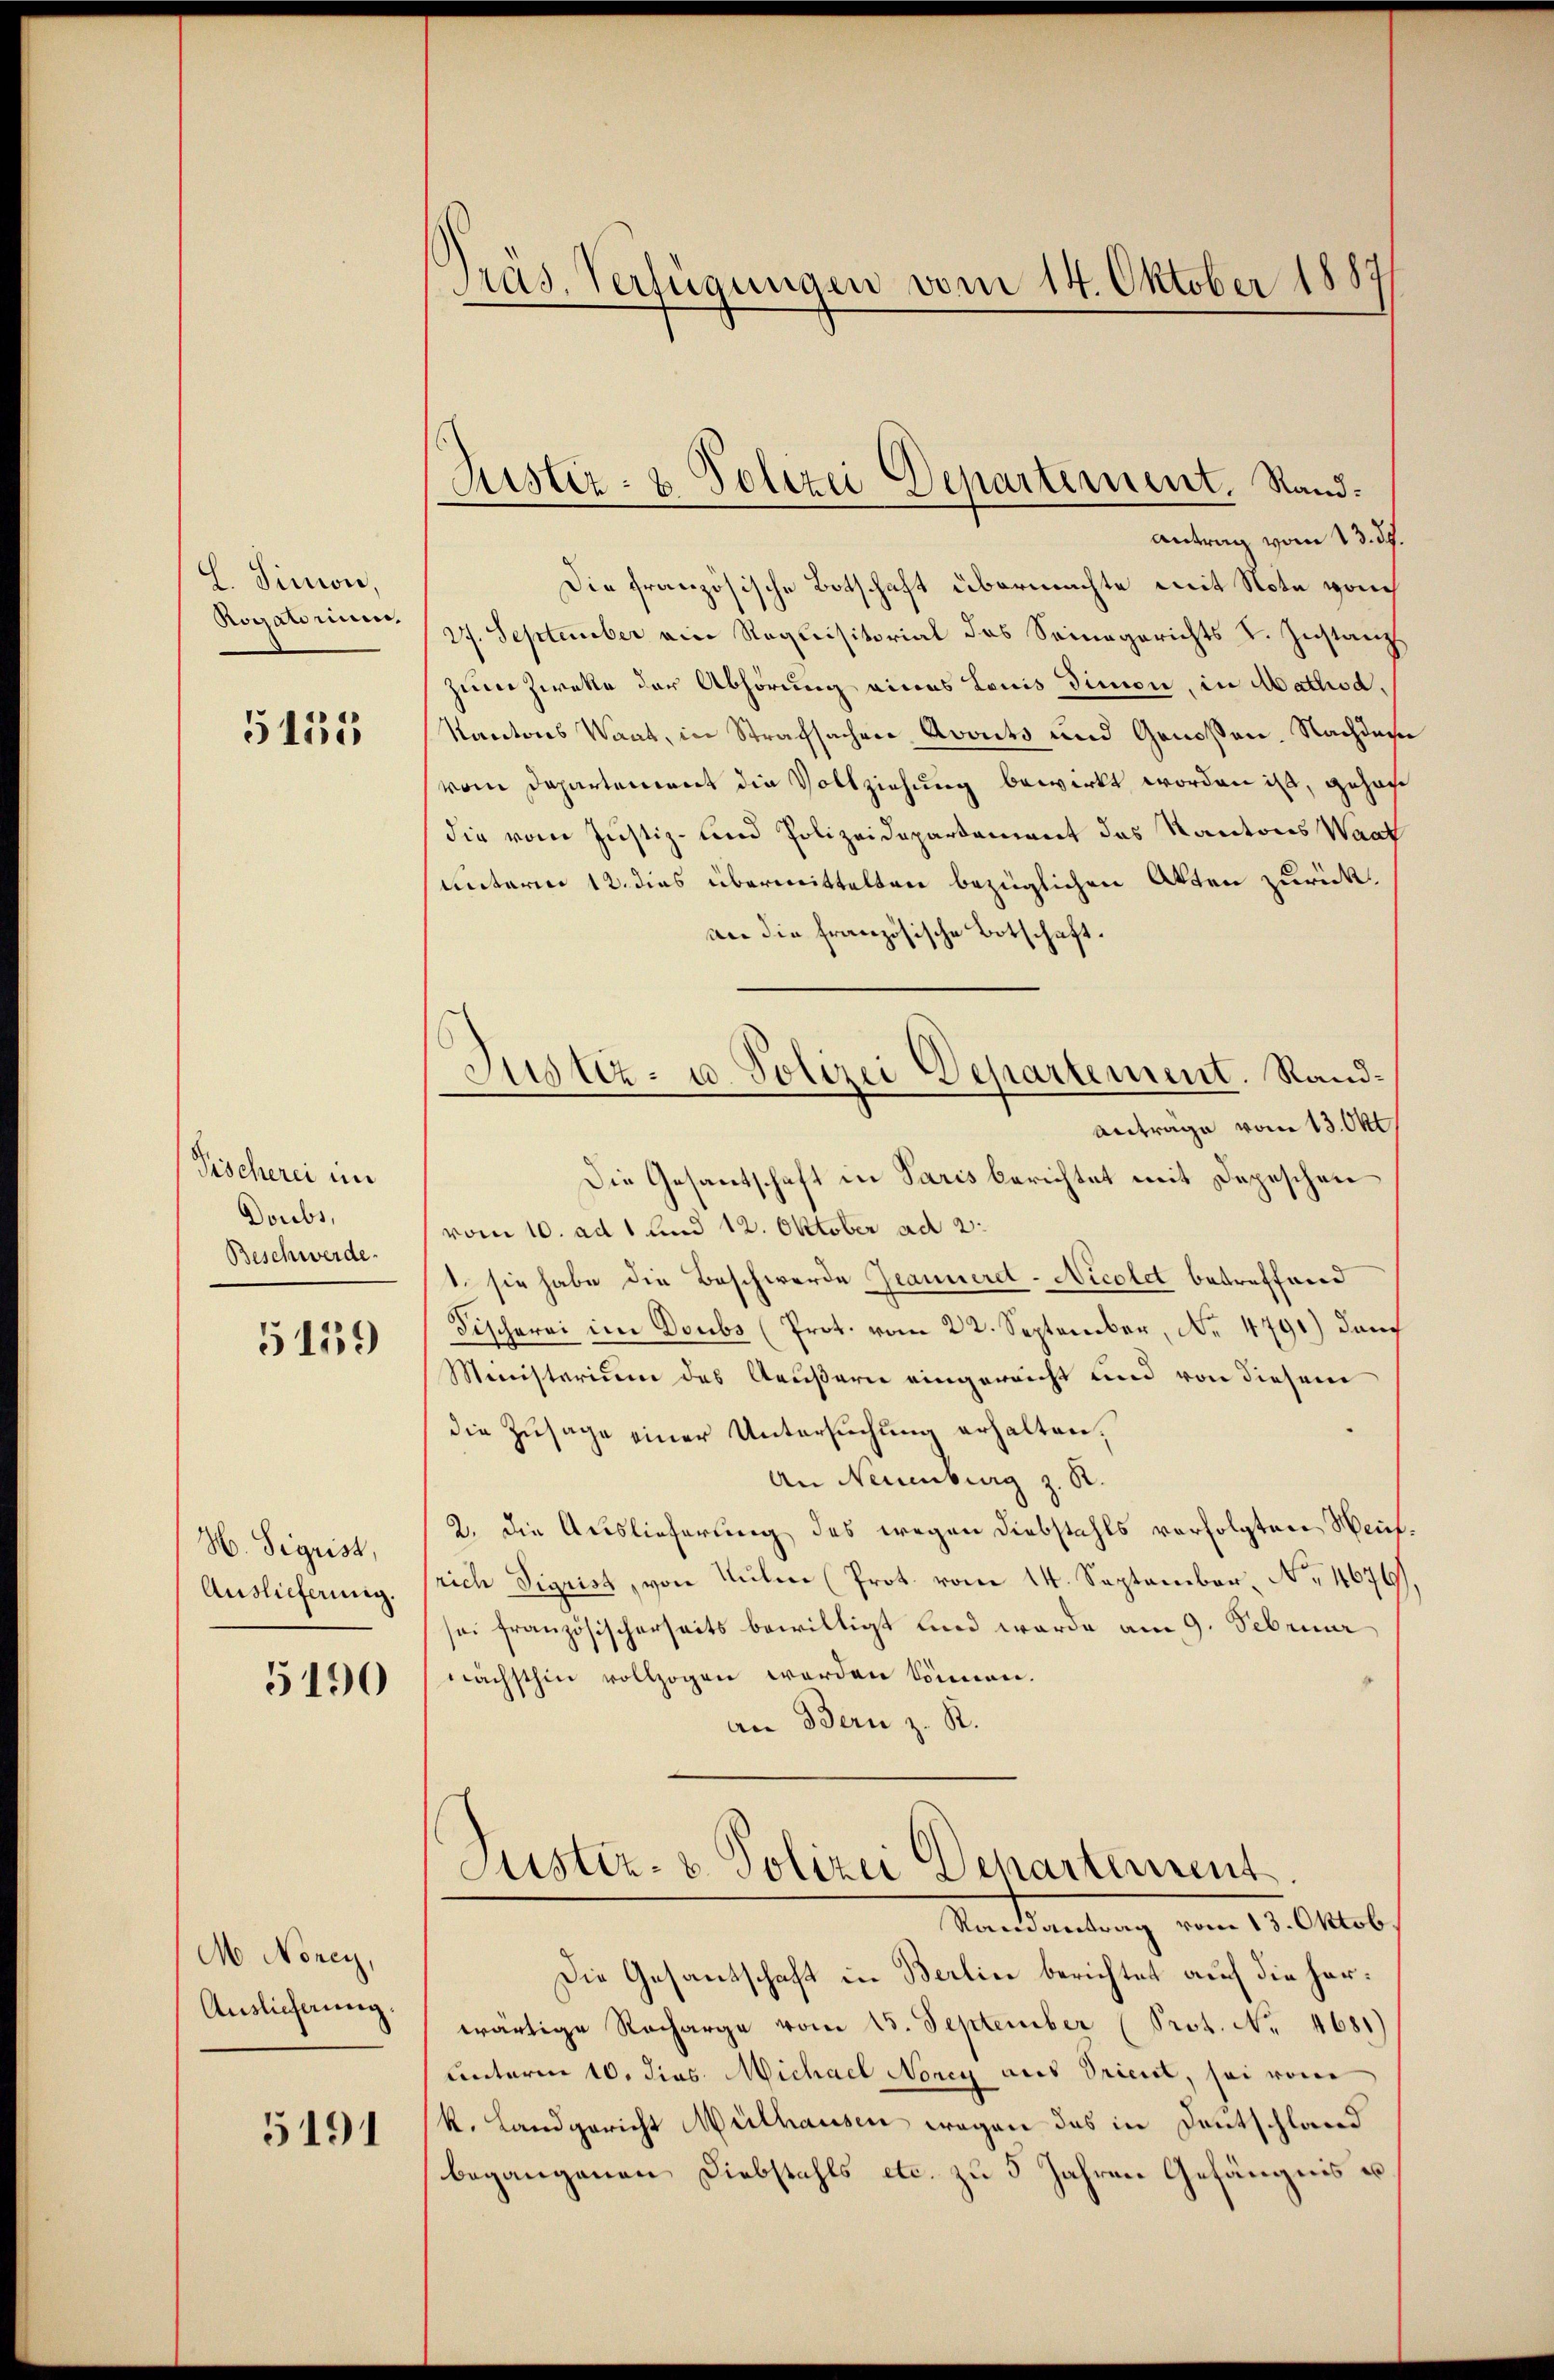
l. Simon,
Rogatorum.

5155

Tischerei im
Doubs,
Beschwerde.

5159

H. Sigrist,
Auslieferinig.

5190

M. Norey,
Auslieferung.

5191

Präs. Verfügungen vom 14. Oktober 1887

Justiz- & Polizei Departement. Stand:

Justiz- u. Polizei Departement. Rand¬

antrag vom 13. ds.
Die französische Botschaft übermachte mit Note vom
27. September ein Requisitorial des Seinegerichts u. Instanz
zum Zweke der Abhörung eines Louis dimon, in Mathisd,
Kantons Waat, in Strafsachen Avonts und Genoßen. Nachdes
vom Departement die Vollziehung bewirkt worden ist, gehöre
die vom Justiz- und Polizeidepartement des Kantons Waat
unterm 12. dies übermittelten bezüglichen Akten zurück.
an die französische Botschaft.
Antrage vom 13. Okt
Die Gesantschaft in Paris berichtet mit Depeschen
vom 10. ad 1 und 12. Oktober ad 2:
1. sie habe die Beschwerde Jeannerd-Nicolet betreffend
Fischerei im Doubs (Prot. vom 22. September, No 4791) danc
Ministerium des Aeußern eingereicht und von diesem
die Zusage einer Untersuchung erhalten.
An Neuenburg z. R.
2. die Auslieferung des wegen Diebstahls verfolgten Weinrich Sigrist, von Kulm (Prot. vom 14. September, No 4676),
sei französischerseits bewilligt und werde am 9. Februar
nächsthin vollzogen werden können.
an Bern z. R.
Justiz- & Polizei Departement
Ramantrag vom 13. Oktob
Die Gesantschaft in Berlin berichtet auch die herwärtige Recharge vom 15. September (Prot. No. 4681)
unterm 10. dies Michael Norey aus Prient, sei vom
k. Landgericht Mülhausen wegen das in Deutschland
begangenen Diebstahls etc. zu 5 Jahren Gefängnis u